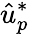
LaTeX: \hat{u}_{p}^{*}